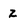
Character: z